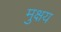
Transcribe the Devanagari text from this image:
मुक्षय